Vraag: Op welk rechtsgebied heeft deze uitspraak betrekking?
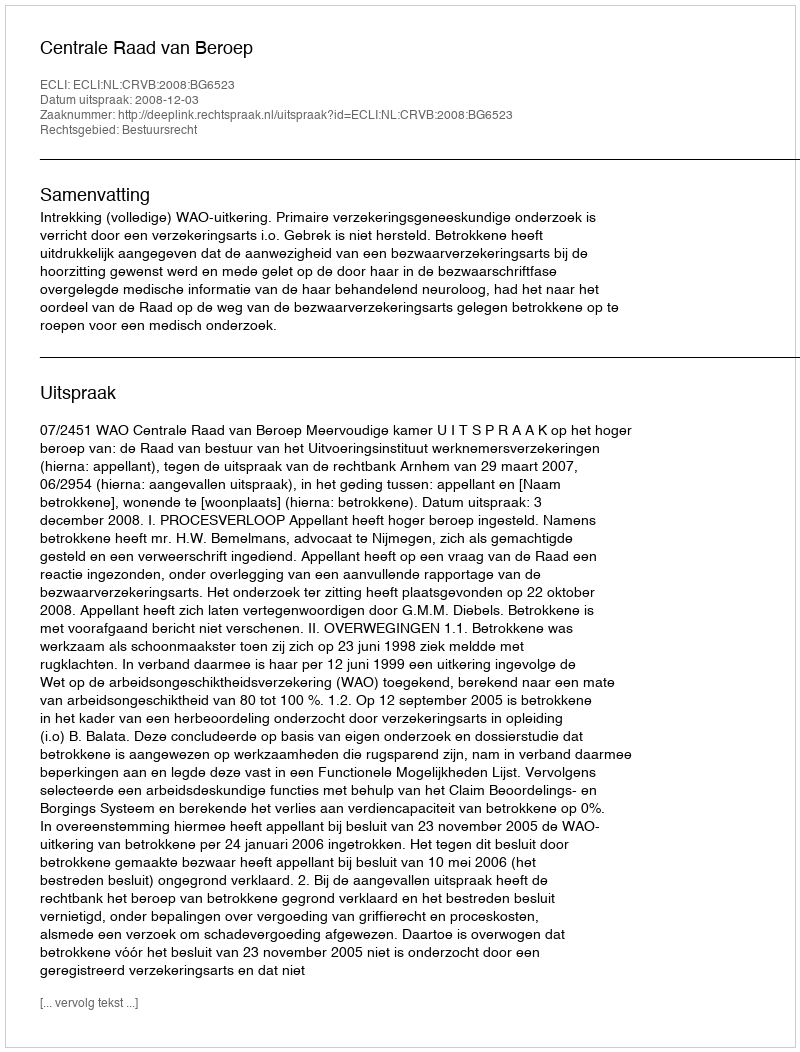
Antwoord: Bestuursrecht